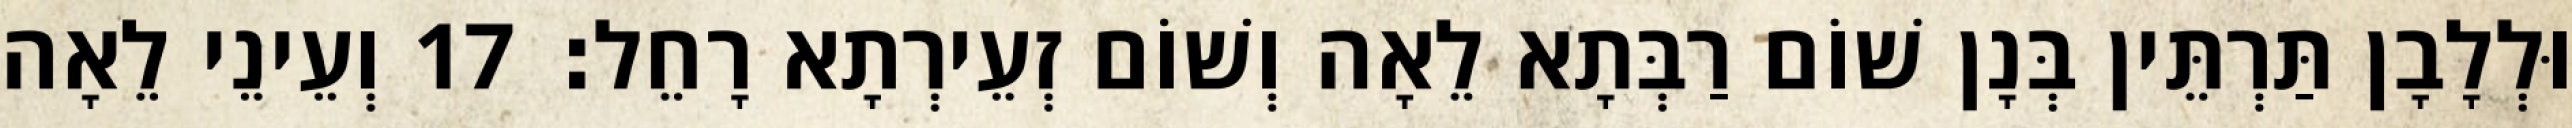
וּלְלָבָן תַּרְתֵּין בְּנָן שׁוֹם רַבְּתָא לֵאָה וְשׁוֹם זְעֵירְתָא רָחֵל׃ 17 וְעֵינֵי לֵאָה